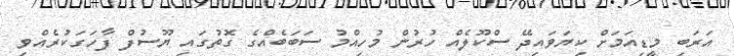
އަރަބި މީޑިއަމަށް ކިޔަވައިދޭ ސްކޫލެއް ހުރުން މުހިިއްމު ސަބަބެއްގެ ގޮތުގައި ޔޫސުފް ފާހަގަކުރެއްވި